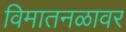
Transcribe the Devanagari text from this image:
विमातनळावर